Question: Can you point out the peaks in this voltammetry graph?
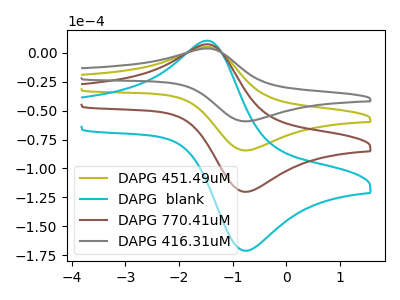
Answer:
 <answer>The olive curve "DAPG 451.49uM" has an anodic peak at (-1.50V, 5.05uA) and a cathodic peak at (-0.70V, -84.35uA). The cyan curve "DAPG  blank" has an anodic peak at (-1.50V, 15.20uA) and a cathodic peak at (-0.70V, -253.05uA). The brown curve "DAPG 770.41uM" has an anodic peak at (-1.50V, 10.15uA) and a cathodic peak at (-0.70V, -168.70uA). The gray curve "DAPG 416.31uM" has an anodic peak at (-1.50V, 3.55uA) and a cathodic peak at (-0.70V, -59.25uA).</answer>
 <eval></eval>